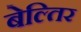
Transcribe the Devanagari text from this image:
बेल्तिर